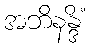
အဘိနန္ဒိံ